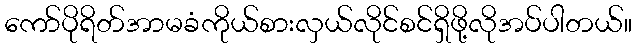
ကော်ပိုရိတ်အာမခံကိုယ်စားလှယ်လိုင်စင်ရှိဖို့လိုအပ်ပါတယ်။